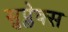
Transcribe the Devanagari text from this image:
सुप्लेक्स